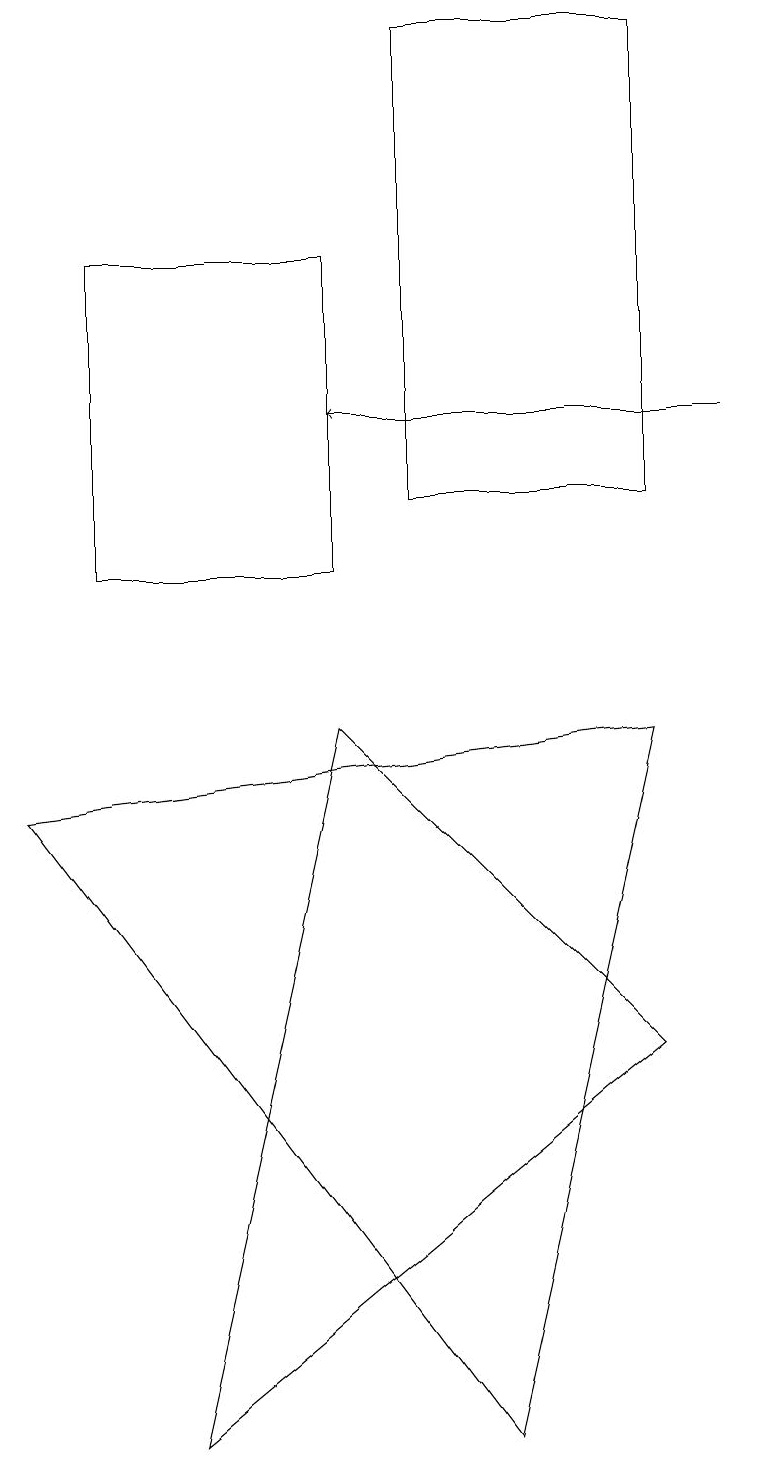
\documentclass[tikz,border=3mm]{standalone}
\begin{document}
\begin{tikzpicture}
\draw (8,5) -- (2,0) -- (4,9) -- cycle;
\draw (0,8) -- (8,9) -- (6,0) -- cycle;
\draw (8,18) rectangle (5,12);
\draw (1,11) rectangle (4,15);
\draw[->] (9,13) -- (4,13);
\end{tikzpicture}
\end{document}